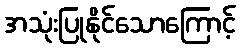
အသုံးပြုနိုင်သောကြောင့်